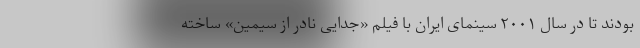
بودند تا در سال ۲۰۰۱ سینمای ایران با فیلم «جدایی نادر از سیمین» ساخته